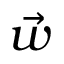
\vec { w }